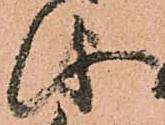
儀